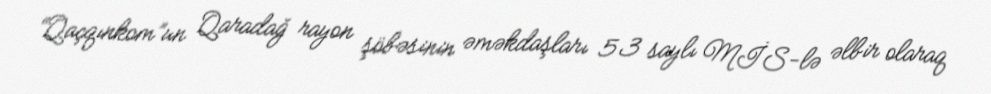
“Qaçqınkom”un Qaradağ rayon şöbəsinin əməkdaşları 53 saylı MİS-lə əlbir olaraq